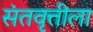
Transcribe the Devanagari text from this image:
संतवृत्तीला